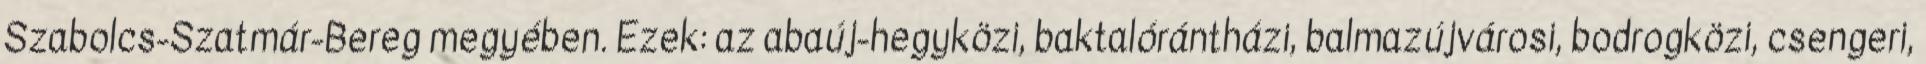
Szabolcs-Szatmár-Bereg megyében. Ezek: az abaúj-hegyközi, baktalórántházi, balmazújvárosi, bodrogközi, csengeri,